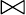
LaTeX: \Join